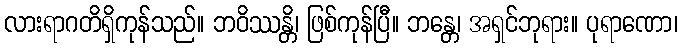
လားရာဂတိရှိကုန်သည်။ ဘဝိဿန္တိ၊ ဖြစ်ကုန်ပြီ။ ဘန္တေ၊ အရှင်ဘုရား။ ပုရာဏော၊